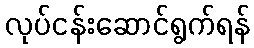
လုပ်ငန်းဆောင်ရွက်ရန်